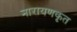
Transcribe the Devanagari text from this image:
नारायणकृत